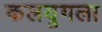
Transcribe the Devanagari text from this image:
कलयुगला